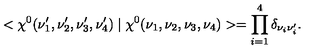
< \chi ^ { 0 } ( \nu _ { 1 } ^ { \prime } , \nu _ { 2 } ^ { \prime } , \nu _ { 3 } ^ { \prime } , \nu _ { 4 } ^ { \prime } ) \mid \chi ^ { 0 } ( \nu _ { 1 } , \nu _ { 2 } , \nu _ { 3 } , \nu _ { 4 } ) > = \prod _ { i = 1 } ^ { 4 } \delta _ { \nu _ { i } \nu _ { i } ^ { \prime } } .